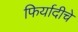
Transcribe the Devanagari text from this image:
फिर्यादीचे